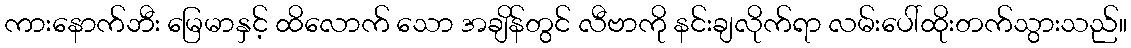
ကားနောက်ဘီး မြေမာနှင့် ထိလောက် သော အချိန်တွင် လီဗာကို နင်းချလိုက်ရာ လမ်းပေါ်ထိုးတက်သွားသည်။